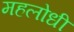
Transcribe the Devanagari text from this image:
महलोधी